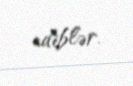
ediblər.